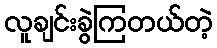
လူချင်းခွဲကြတယ်တဲ့